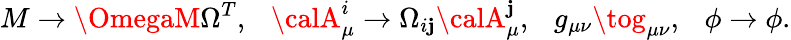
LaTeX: M\to\OmegaM\Omega^{T},\ \ \ {\calA}_{\mu}^{i}\to\Omega_{i\mathbf{j}}{\calA}_{\mu}^{\mathbf{j}},\ \ \ g_{\mu\nu}\tog_{\mu\nu},\ \ \ \phi\to\phi.